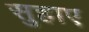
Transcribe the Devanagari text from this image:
सुहाए